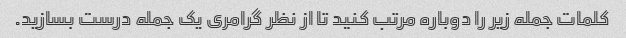
کلمات جمله زیر را دوباره مرتب کنید تا از نظر گرامری یک جمله درست بسازید.